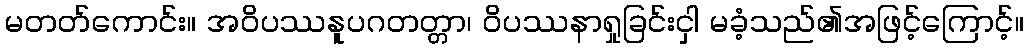
မတတ်ကောင်း။ အဝိပဿနူပဂတတ္တာ၊ ဝိပဿနာရှုခြင်းငှါ မခံ့သည်၏အဖြင့်ကြောင့်။